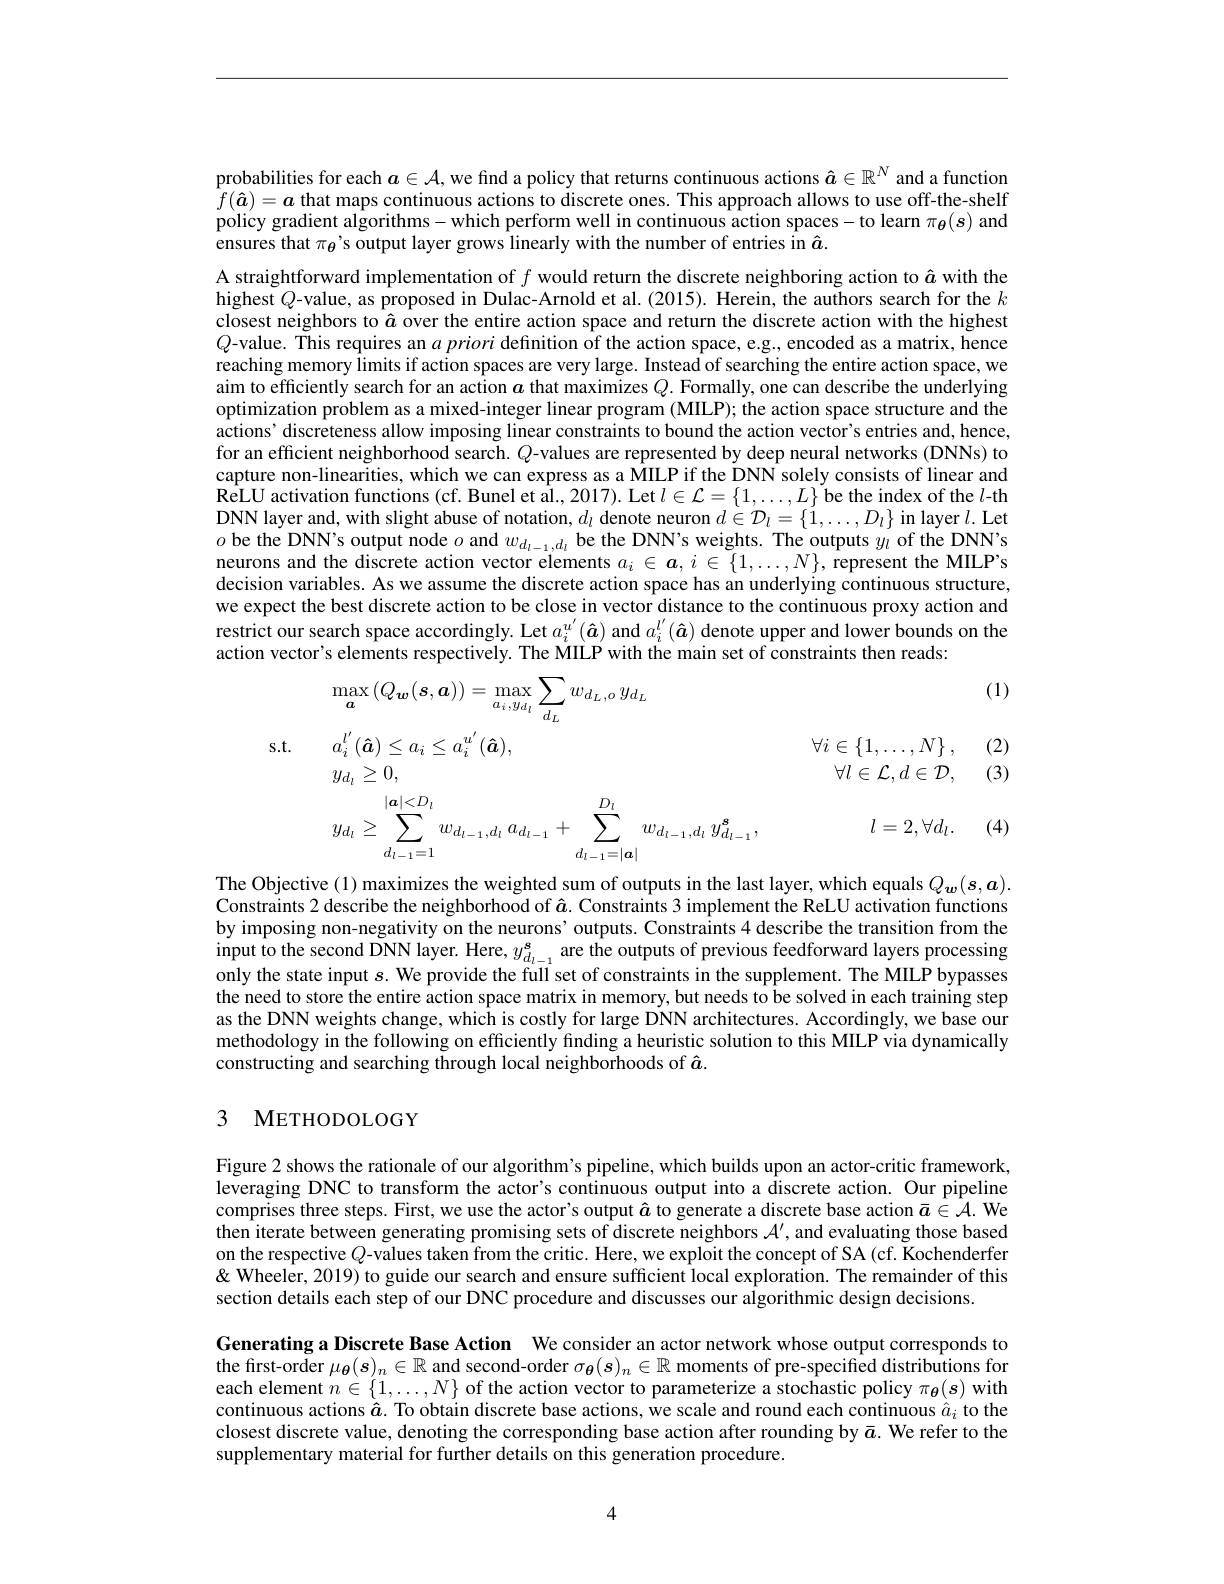
probabilities for each $a\in\mathcal{A}$, we find a policy that returns continuous actions $\hat{\boldsymbol{a}}\in\mathbb{R}^N$ and a function $f(\hat{a})=a$ that maps continuous actions to discrete ones. This approach allows to use off-the-shelf policy gradient algorithms-which perform well in continuous action spaces-to learn $\pi_{\boldsymbol{\theta}}(s)$ and ensures that $\pi_{\theta}$'s output layer grows linearly with the number of entries in $\hat{a}.$

A straightforward implementation of $f$ would return the discrete neighboring action to $\hat{a}$ with the highest $Q$-value, as proposed in Dulac-Arnold et al.(2015). Herein, the authors search for the $k$ closest neighbors to $\hat{a}$ over the entire action space and return the discrete action with the highest $Q$-value. This requires an $a\textit{priori definition of the action space, e. g. , encoded as a matrix, hence}$ reaching memory limits if action spaces are very large. Instead of searching the entire action space, we aim to efficiently search for an action $a$ that maximizes $Q.$ Formally, one can describe the underlying optimization problem as a mixed-integer linear program (MILP); the action space structure and the actions' discreteness allow imposing linear constraints to bound the action vector's entries and, hence, for an efficient neighborhood search. $Q$-values are represented by deep neural networks (DNNs) to capture non-linearities, which we can express as a MILP if the DNN solely consists of linear and $\hat{\text{ReLU activation functions (cf.Bunel et al.,2017).Let }l\in\mathcal{L}=\{1,\ldots,L\}\tilde{\text{be the index of the }l}-\mathrm{th}_{1},\ldots,L\}\tilde{\text{be the index of the }l}-\mathrm{th}_{1},\ldots,L_{1},\ldots,L_{1},\ldots,L_{1},\ldots,L_{1},\ldots,L_{1},\ldots,L_{1},\ldots,L_{1},\ldots,L_{1},\ldots,L_{1},\ldots,L_{1},\ldots,L_{1},\ldots,L_{1},\ldots,D_{1},\ldots,}$ DNN layer and, with slight abuse of notation, $d_l$ denote neuron $d\in\mathcal{D}_l=\{1,\ldots,D_l\}$ in layer $l.$ Let $o$ be the DNN's output node $o$ and $w_d_{l-1},d_l$ be the DNN's weights. The outputs $y_l$ of the DNN's neurons and the discrete action vector elements $a_i\in\boldsymbol{a},i\in\{1,\ldots,N\}$, represent the MILP's decision variables. As we assume the discrete action space has an underlying continuous structure, we expect the best discrete action to be close in vector distance to the continuous proxy action and restrict our search space accordingly. Let $a_i^{u^{\prime}}(\hat{\boldsymbol{a}})$ and $a_i^{l^{\prime}}(\hat{\boldsymbol{a}})$ denote upper and lower bounds on the action vector's elements respectively. The MILP with the main set of constraints then reads:

(1)
$$\begin{aligned}&\max_{\boldsymbol{a}}\left(Q_{\boldsymbol{w}}(\boldsymbol{s},\boldsymbol{a})\right)=\max_{a_{i},y_{d_{l}}}\sum_{d_{L}}w_{d_{L},d},y_{d_{L}}\\\mathrm{s.t.}&a_{i}^{l^{\prime}}(\boldsymbol{\hat{a}})\leq a_{i}\leq a_{i}^{u^{\prime}}(\boldsymbol{\hat{a}}),&\forall i\in\left\{1,\ldots,N\right\},\\&y_{d_{l}}\geq0,&\forall l\in\mathcal{L},d\in\mathcal{D},\\&y_{d_{l}}\geq\sum_{d_{l-1}=1}^{|\boldsymbol{a}|<D_{l}}w_{d_{l-1},d_{l}}\:a_{d_{l-1}}+\sum_{d_{l-1}=|\boldsymbol{a}|}^{D_{l}}w_{d_{l-1},d_{l}}\:y_{d_{l-1}}^{\boldsymbol{s}},&l=2,\forall d_{l}.\end{aligned}$$
(2) (3)

(4)

$\begin{array}{l}{\mathrm{The~Objective~(1)~maximizes~the~weighted~sum~of~outputs~in~the~last~layer,~which~equals~}Q_{\boldsymbol{w}}(\boldsymbol{s},\boldsymbol{a}).}\\{\mathrm{Constraints~2~describe~the~neighborhood~of~}\hat{a}.~\mathrm{Constraints~3~implement~the~ReLU~activation~functions}}\end{array}$ by imposing non-negativity on the neurons' outputs. Constraints 4 describe the transition from the input to the second DNN layer. Here, $y_d_{l-1}^\mathrm{s}$ are the outputs of previous feedforward layers processing only the state input $s.$ We provide the full set of constraints in the supplement. The MILP bypasses the need to store the entire action space matrix in memory, but needs to be solved in each training step as the DNN weights change, which is costly for large DNN architectures. Accordingly, we base our methodology in the following on efficiently finding a heuristic solution to this MILP via dynamically constructing and searching through local neighborhoods of $\hat{a}.$

## 3 METHODOLOGY

Figure 2 shows the rationale of our algorithm's pipeline, which builds upon an actor-critic framework, leveraging DNC to transform the actor's continuous output into a discrete action. Our pipeline comprises three steps. First, we use the actor's output $\hat{a}$ to generate a discrete base action $\bar{a}\in\mathcal{A}.$ We $\hat{\text{then iterate between generating promising sets of discrete neighbors }\mathcal{A}^{\prime},\text{and evaluating those based}}$ on the respective $Q$-values taken from the critic. Here, we exploit the concept of SA (cf. Kochenderfer & Wheeler, 2019) to guide our search and ensure sufficient local exploration. The remainder of this section details each step of our DNC procedure and discusses our algorithmic design decisions.
Generating a Discrete Base Action We consider an actor network whose output corresponds to the first-order $\mu_\theta(s)_n\in\mathbb{R}$ and second-order $\sigma_\theta(s)_n\in\mathbb{R}$ moments of pre-specified distributions for each element $n\in\{1,\ldots,N\}$ of the action vector to parameterize a stochastic policy $\pi_{\boldsymbol{\theta}}(\boldsymbol{s})$ with continuous actions $\hat{a}.$ To obtain discrete base actions, we scale and round each continuous $\hat{a}_i$ to the closest discrete value, denoting the corresponding base action after rounding by $\bar{a}.$ We refer to the supplementary material for further details on this generation procedure.

4